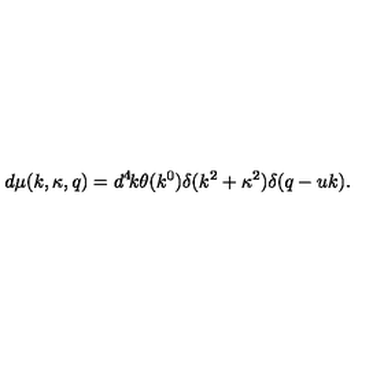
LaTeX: d \mu ( k , \kappa , q ) = d ^ { 4 } \! k \theta ( k ^ { 0 } ) \delta ( k ^ { 2 } + \kappa ^ { 2 } ) \delta ( q - u k ) .